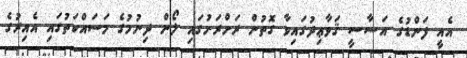
އެއީ ފަންޑުގެ އަސާސީ ޤަވާޢިދުގައިވާ ގޮތުން ރަށްރަށުގައި ލޯން ދިނުމުގެ މަސައްކަތުގައި އެއިރުގެ